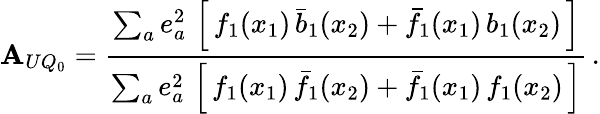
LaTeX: \mathbf{A}_{UQ_{0}}=\frac{{\sum_{a}e_{a}^{2}\, \left[\, f_{1}(x_{1})\, \bar{{b}}_{1}(x_{2})+\bar{{f}}_{1}(x_{1})\, b_{1}(x_{2})\, \right]}}{{\sum_{a}e_{a}^{2}\, \left[\, f_{1}(x_{1})\, \bar{{f}}_{1}(x_{2})+\bar{{f}}_{1}(x_{1})\, f_{1}(x_{2})\, \right]}}\, .